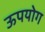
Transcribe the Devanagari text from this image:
ऊपयोग